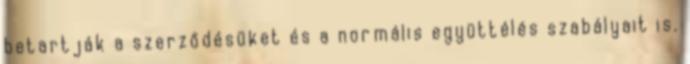
betartják a szerződésüket és a normális együttélés szabályait is.